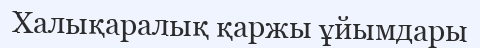
Халықаралық қаржы ұйымдары